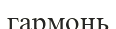
гармонь